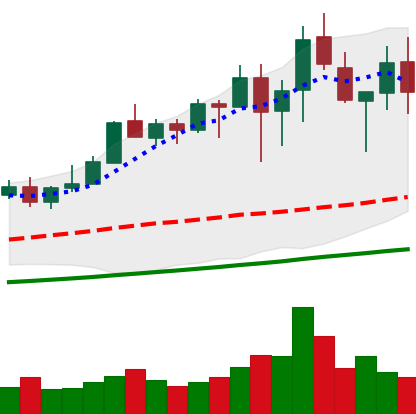
Ticker: XMR-USD
Chart end date: 2021-04-25
Forward return: 18.719%
Label: up_7plus